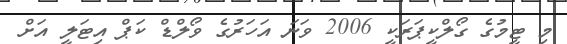
މި ޓީމުގެ ގޯލްކީޕަރަކީ 2006 ވަނަ އަހަރުގެ ވޯލްޑް ކަޕް އިޓަލީ އަށް